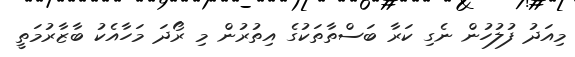
މިއަދު ފުލުހުން ނެގި ކަރާ ބަސްތާތަކުގެ އިތުރުން މި ރޯދަ މަހާއެކު ބާޒާރުމަތީ